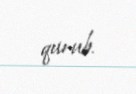
qurub.